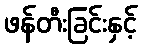
ဖန်တီးခြင်းနှင့်